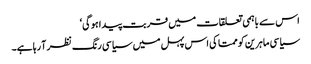
اس سے باہمی تعلقات میں قربت پیدا ہوگی‘
سیاسی ماہرین کو ممتا کی اس پہل میں سیاسی رنگ نظر آ رہا ہے۔